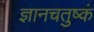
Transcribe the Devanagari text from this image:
ज्ञानचतुष्कं